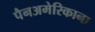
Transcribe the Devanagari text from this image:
पैनअमेरिकाना